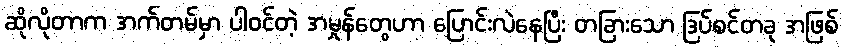
ဆိုလိုတာက အက်တမ်မှာ ပါဝင်တဲ့ အမှုန်တွေဟာ ပြောင်းလဲနေပြီး တခြားသော ဒြပ်စင်တခု အဖြစ်